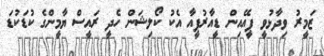
ޒަމީރު ވިދާޅުވީ ޕީއޭއިން ޑީއާރުޕީއާ އެކު ކޯލިޝަން ހެދީ ރައީސް ޔާމީންގެ ކުޑަކުޑަ